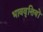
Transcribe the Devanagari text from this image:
भाववृत्तियों